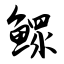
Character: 鳏